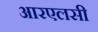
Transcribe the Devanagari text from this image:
आरएलसी